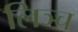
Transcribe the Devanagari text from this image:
लिञ्च